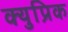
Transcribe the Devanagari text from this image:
क्युप्रिक